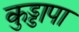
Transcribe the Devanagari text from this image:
कुड्डापा